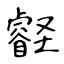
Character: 壡